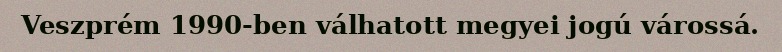
Veszprém 1990-ben válhatott megyei jogú várossá.